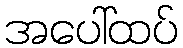
အပေါ်ထပ်